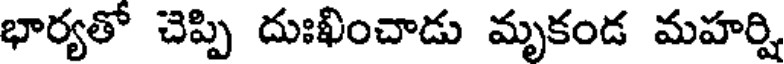
భార్యతో చెప్పి దుఃఖించాడు మృకండ మహర్షి